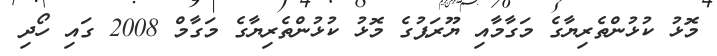
މޮޅު ކުޅުންތެރިޔާގެ މަގާމާއި ޔޫރަޕުގެ މޮޅު ކުޅުންތެރިޔާގެ މަގާމް 2008 ގައި ހޯދި